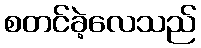
စတင်ခဲ့လေသည်